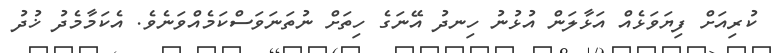
ކުރިއަށް ފިޔަވަޅެއް އަޅާލަން އުޅުނު ހިނދު އޭނަގެ ހިތަށް ނުތަނަވަސްކަމެއްވަނެވެ. އެކަމާމެދު ޚުދު